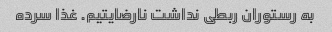
به رستوران ربطی نداشت نارضایتیم. غذا سرده